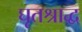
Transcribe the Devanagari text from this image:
घृतश्राद्ध